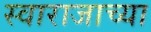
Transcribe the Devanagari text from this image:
स्वाराजाच्या